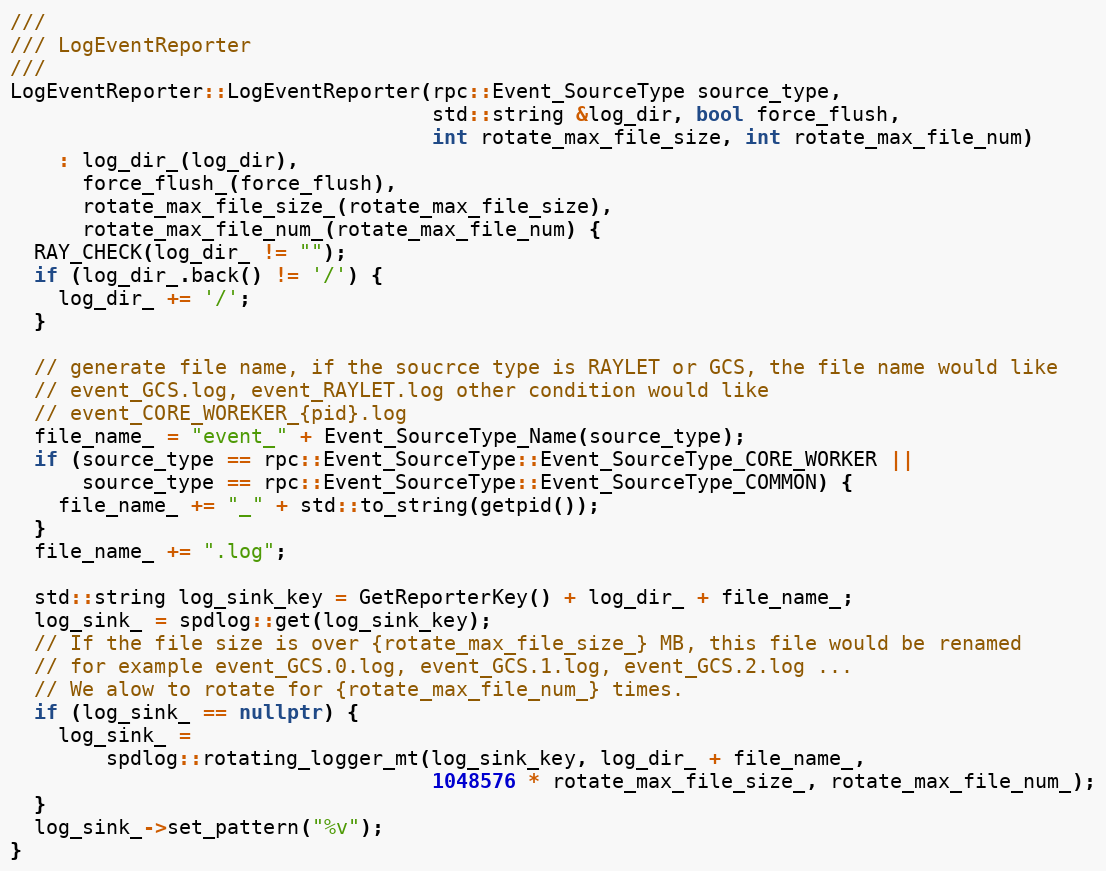
Language: C++
///
/// LogEventReporter
///
LogEventReporter::LogEventReporter(rpc::Event_SourceType source_type,
                                   std::string &log_dir, bool force_flush,
                                   int rotate_max_file_size, int rotate_max_file_num)
    : log_dir_(log_dir),
      force_flush_(force_flush),
      rotate_max_file_size_(rotate_max_file_size),
      rotate_max_file_num_(rotate_max_file_num) {
  RAY_CHECK(log_dir_ != "");
  if (log_dir_.back() != '/') {
    log_dir_ += '/';
  }

  // generate file name, if the soucrce type is RAYLET or GCS, the file name would like
  // event_GCS.log, event_RAYLET.log other condition would like
  // event_CORE_WOREKER_{pid}.log
  file_name_ = "event_" + Event_SourceType_Name(source_type);
  if (source_type == rpc::Event_SourceType::Event_SourceType_CORE_WORKER ||
      source_type == rpc::Event_SourceType::Event_SourceType_COMMON) {
    file_name_ += "_" + std::to_string(getpid());
  }
  file_name_ += ".log";

  std::string log_sink_key = GetReporterKey() + log_dir_ + file_name_;
  log_sink_ = spdlog::get(log_sink_key);
  // If the file size is over {rotate_max_file_size_} MB, this file would be renamed
  // for example event_GCS.0.log, event_GCS.1.log, event_GCS.2.log ...
  // We alow to rotate for {rotate_max_file_num_} times.
  if (log_sink_ == nullptr) {
    log_sink_ =
        spdlog::rotating_logger_mt(log_sink_key, log_dir_ + file_name_,
                                   1048576 * rotate_max_file_size_, rotate_max_file_num_);
  }
  log_sink_->set_pattern("%v");
}